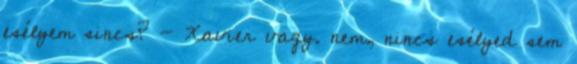
esélyem sincs? - Xavier vagy. nem, nincs esélyed sem